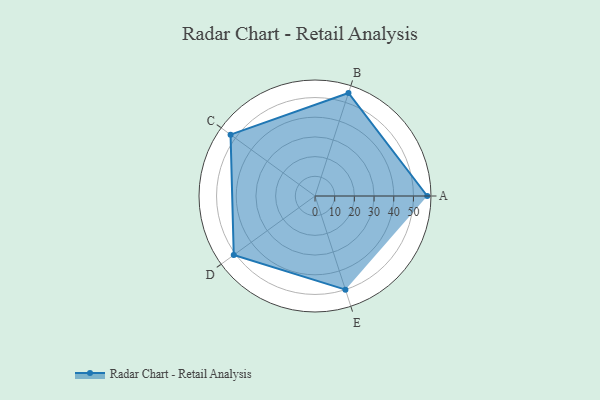
{"axis": {"x": "Skill", "y": "Score"}, "legend": ["Profile"], "data": [{"x": "A", "y": 57.0, "type": "Profile"}, {"x": "B", "y": 55.0, "type": "Profile"}, {"x": "C", "y": 53.0, "type": "Profile"}, {"x": "D", "y": 51.0, "type": "Profile"}, {"x": "E", "y": 50.0, "type": "Profile"}]}